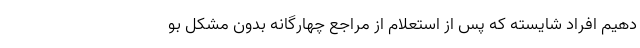
دهیم افراد شایسته که پس از استعلام از مراجع چهارگانه بدون مشکل بو